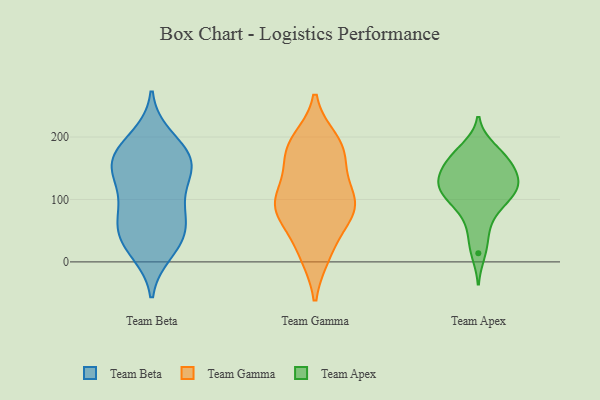
{"axis": {"x": "Tickets Resolved", "y": "Value"}, "legend": ["Team Apex", "Team Beta", "Team Gamma"], "data": [{"x": "", "y": 113, "type": "Team Beta"}, {"x": "", "y": 69, "type": "Team Beta"}, {"x": "", "y": 169, "type": "Team Beta"}, {"x": "", "y": 16, "type": "Team Beta"}, {"x": "", "y": 151, "type": "Team Beta"}, {"x": "", "y": 55, "type": "Team Beta"}, {"x": "", "y": 39, "type": "Team Beta"}, {"x": "", "y": 81, "type": "Team Beta"}, {"x": "", "y": 165, "type": "Team Beta"}, {"x": "", "y": 157, "type": "Team Beta"}, {"x": "", "y": 145, "type": "Team Beta"}, {"x": "", "y": 44, "type": "Team Beta"}, {"x": "", "y": 150, "type": "Team Beta"}, {"x": "", "y": 96, "type": "Team Beta"}, {"x": "", "y": 24, "type": "Team Beta"}, {"x": "", "y": 200, "type": "Team Beta"}, {"x": "", "y": 187, "type": "Team Beta"}, {"x": "", "y": 194, "type": "Team Gamma"}, {"x": "", "y": 95, "type": "Team Gamma"}, {"x": "", "y": 184, "type": "Team Gamma"}, {"x": "", "y": 163, "type": "Team Gamma"}, {"x": "", "y": 55, "type": "Team Gamma"}, {"x": "", "y": 171, "type": "Team Gamma"}, {"x": "", "y": 96, "type": "Team Gamma"}, {"x": "", "y": 186, "type": "Team Gamma"}, {"x": "", "y": 12, "type": "Team Gamma"}, {"x": "", "y": 91, "type": "Team Gamma"}, {"x": "", "y": 127, "type": "Team Gamma"}, {"x": "", "y": 92, "type": "Team Gamma"}, {"x": "", "y": 92, "type": "Team Gamma"}, {"x": "", "y": 75, "type": "Team Gamma"}, {"x": "", "y": 12, "type": "Team Gamma"}, {"x": "", "y": 87, "type": "Team Apex"}, {"x": "", "y": 113, "type": "Team Apex"}, {"x": "", "y": 143, "type": "Team Apex"}, {"x": "", "y": 124, "type": "Team Apex"}, {"x": "", "y": 109, "type": "Team Apex"}, {"x": "", "y": 135, "type": "Team Apex"}, {"x": "", "y": 176, "type": "Team Apex"}, {"x": "", "y": 129, "type": "Team Apex"}, {"x": "", "y": 108, "type": "Team Apex"}, {"x": "", "y": 101, "type": "Team Apex"}, {"x": "", "y": 14, "type": "Team Apex"}, {"x": "", "y": 38, "type": "Team Apex"}, {"x": "", "y": 163, "type": "Team Apex"}, {"x": "", "y": 129, "type": "Team Apex"}, {"x": "", "y": 182, "type": "Team Apex"}, {"x": "", "y": 67, "type": "Team Apex"}, {"x": "", "y": 162, "type": "Team Apex"}, {"x": "", "y": 158, "type": "Team Apex"}]}